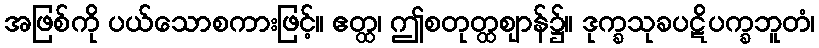
အဖြစ်ကို ပယ်သောစကားဖြင့်။ ဧတ္ထ၊ ဤစတုတ္ထဈာန်၌။ ဒုက္ခသုခပဋိပက္ခဘူတံ၊